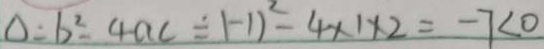
\Delta = b ^ { 2 } - 4 a c \div ( - 1 ) ^ { 2 } - 4 \times 1 \times 2 = - 7 < 0